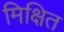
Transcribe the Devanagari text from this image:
मिक्षित